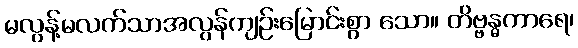
မလွန့်မလက်သာအလွန်ကျဉ်းမြောင်းစွာ သော။ တိဗ္ဗန္ဓကာရေ၊